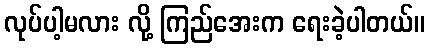
လုပ်ပါ့မလား လို့ ကြည်အေးက ရေးခဲ့ပါတယ်။